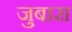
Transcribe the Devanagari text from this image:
जुबारा